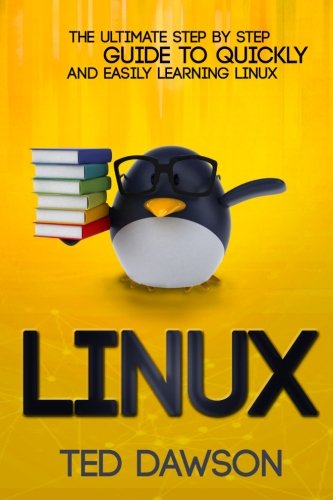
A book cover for Linux: The Ultimate Step by Step Guide to Quickly and Easily Learning Linux; Ted Dawson; Computers & Technology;